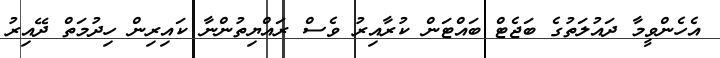
އެހެންވީމާ ދައުލަތުގެ ބަޖެޓް ބައްޓަން ކުރާއިރު ވެސް ރައްޔިތުންނާ ކައިރިން ހިދުމަތް ދޭއިރު